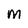
Character: M